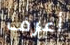
أعرف